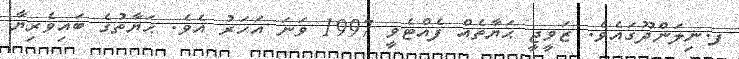
ފ.ނިލަންދޫގައެވެ. ޒަވީޖީ ޙަޔާތެއް ފެއްޓެވީ 1997 ވަނަ އަހަރު އެވެ. ޙަޔާތުގެ ބައިވެރިޔާ